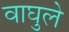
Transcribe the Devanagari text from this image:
वाघुले